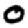
Digit: 0